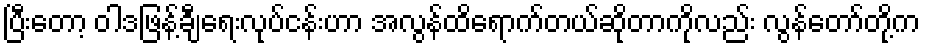
ပြီးတော့ ဝါဒဖြန့်ချီရေးလုပ်ငန်းဟာ အလွန်ထိရောက်တယ်ဆိုတာကိုလည်း လွန်တော်တို့က